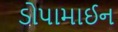
ડોપામાઈન